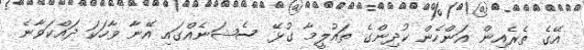
އޭގެ ތެރެއިން އަންހެން ކުދިންގެ ތައުލީމާ ގުޅޭ ސެޝަނެއްގައި އޭނާ ވާހަކަ ދައްކަވާނެ